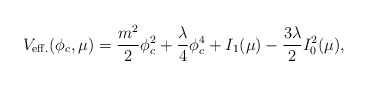
\begin{align*}V_{\rm eff.} (\phi_c, \mu) = \frac{m^2}{2} \phi_c^2+ \frac{\lambda}{4} \phi_c^4 +I_1 (\mu) - \frac{3 \lambda}{2} I^2_0 (\mu),\end{align*}